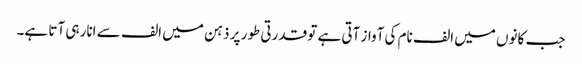
جب کانوں میں الف نام کی آواز آتی ہے تو قدرتی طور پر ذہن میں الف سے انار ہی آتا ہے۔